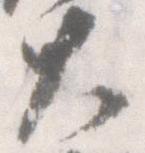
大